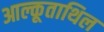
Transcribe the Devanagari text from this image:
आल्कूताथिल